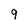
Character: 9